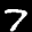
Label: 7